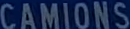
CAMIONS